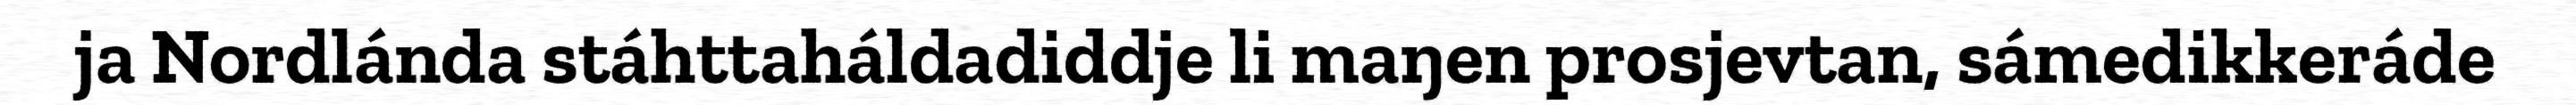
ja Nordlánda stáhttaháldadiddje li maŋen prosjevtan, sámedikkeráde